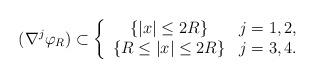
LaTeX: \begin{align*}(\nabla^j \varphi_R) \subset \left\{\begin{array}{cl}\{|x| \leq 2R \} & j=1,2, \\\{R \leq |x| \leq 2R\} & j=3,4.\end{array}\right.\end{align*}